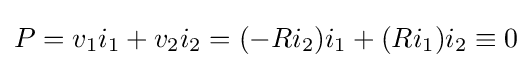
P=v_{1}i_{1}+v_{2}i_{2}=(-Ri_{2})i_{1}+(Ri_{1})i_{2}\equiv 0